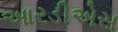
આરડીએસ